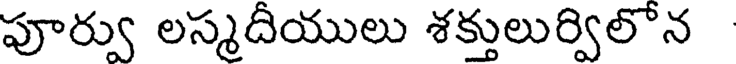
పూర్వు లస్మదియులు శక్తులుర్విలొన